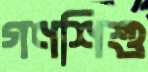
গণশিশু